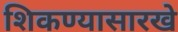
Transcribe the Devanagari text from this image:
शिकण्यासारखे